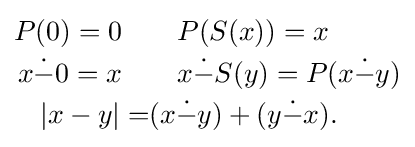
{\begin{aligned}P(0)=0\quad &\quad P(S(x))=x\\x{\dot {-}}0=x\quad &\quad x{\mathrel {\dot {-}}}S(y)=P(x{\mathrel {\dot {-}}}y)\\|x-y|=&(x{\mathrel {\dot {-}}}y)+(y{\mathrel {\dot {-}}}x).\\\end{aligned}}